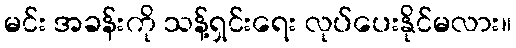
မင်း အခန်းကို သန့်ရှင်းရေး လုပ်ပေးနိုင်မလား။